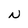
Character: N